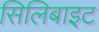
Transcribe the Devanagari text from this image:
सिलिबाइट